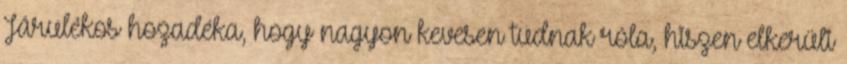
Járulékos hozadéka, hogy nagyon kevesen tudnak róla, hiszen elkerüli